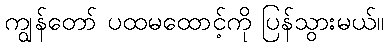
ကျွန်တော် ပထမထောင့်ကို ပြန်သွားမယ်။